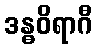
ဒန္ဓဝိရာဂီ